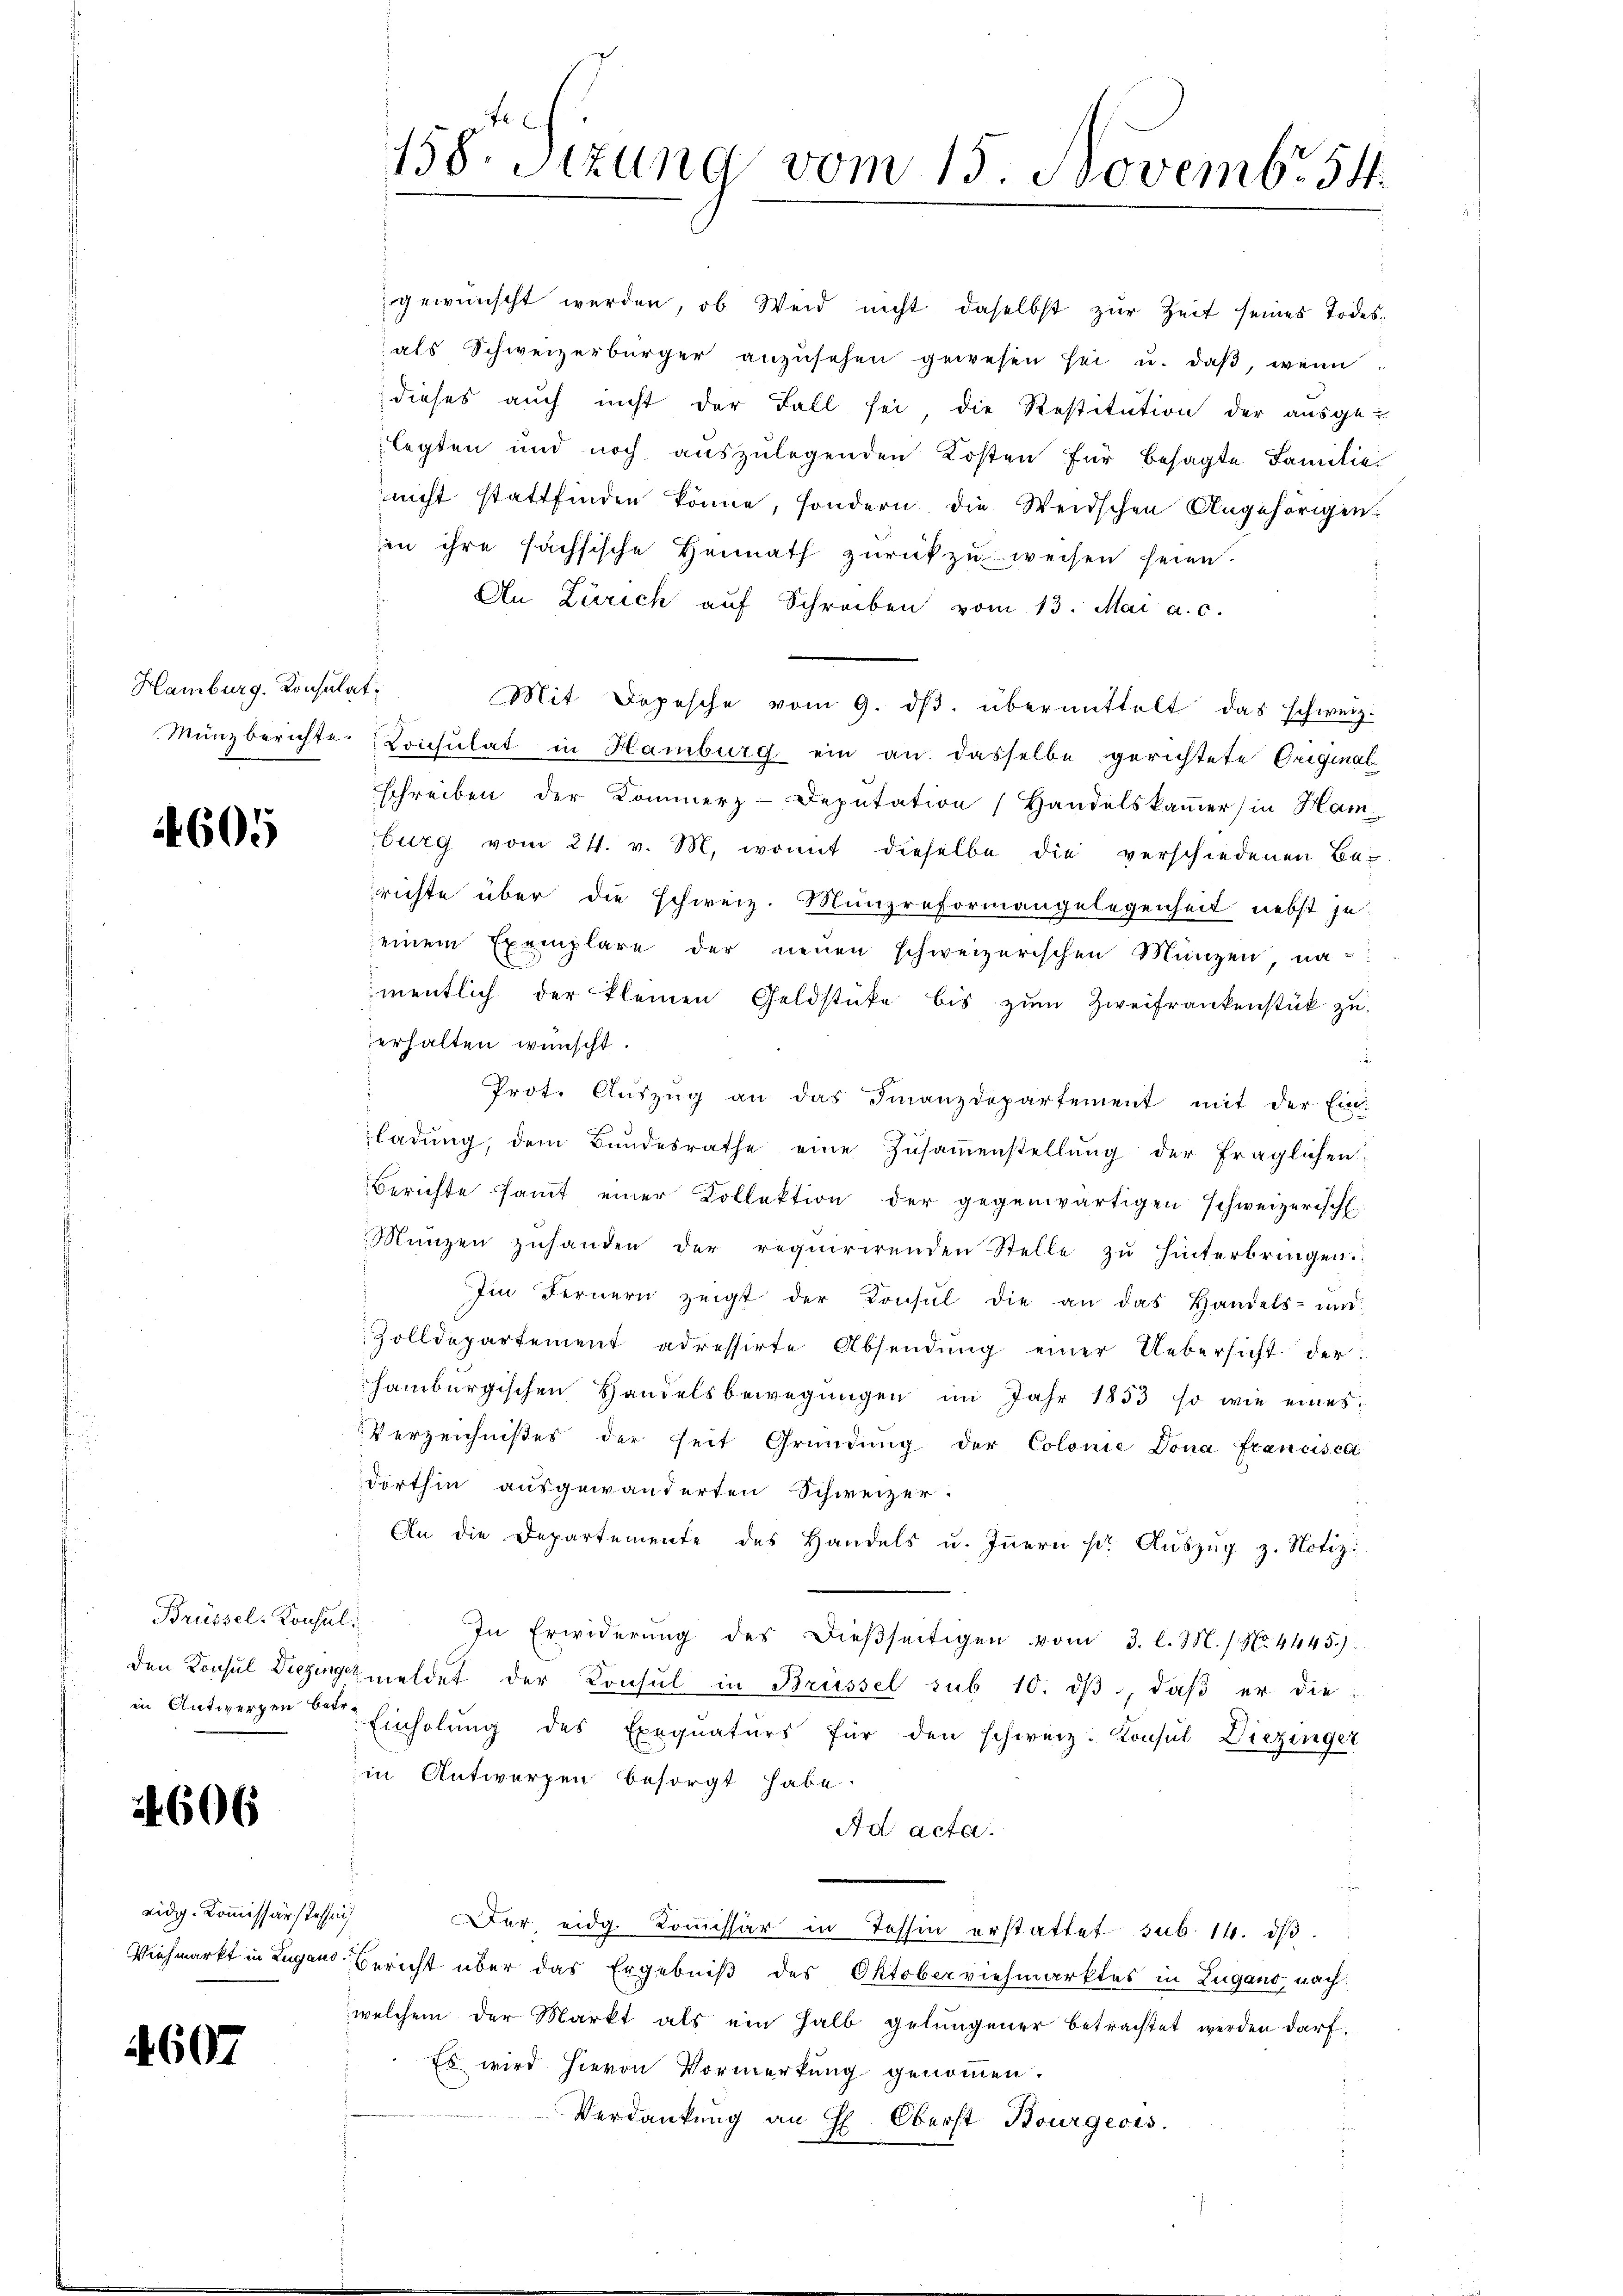
Hamburg. Konsulat

605

Brüssel-Konsul

24606

eidg. Kommissärsteh
Viehmarkt in Zugan

4607

158. Sizung vom 15. Novembr 54

gewünscht werden, ob Weid nicht daselbst zŭr Zeit seines Todesals Schweizerbürger anzusehen gewesen sei u. daß, wenn
dieses auch nicht der Fall sei die Restitution der ausge-
legten und noch auszulegenden Kosten für besagte Familie,
nicht stattfinden könne, sondern, die Weidschen Angehörigen.
an ihre sachsische Heimath zŭrückzŭweisen seien.
An Zürich aŭf Schreiben vom 13. Mai a. c.
Mit Depesche vom 9. dβ. übermittelt das schweiz.
Münzberichte Konsulat in Hamburg ein an dasselbe gerichtete Original
schreiben der Kommerz-Deputation Handelskaṁer) in Ham
burg vom 24. v. M. womit dieselbe die verschiedenen Be-
richte über die schweiz. Münzreformangelegenheit nebst jeeinem Exemplare der neuen schweizerischen Münzen, na
mentlich der kleinen Geldstücke bis zum Zweifrankenstück zu
erhalten wünscht.
Prot. Aŭszŭg an das Finanzdepartement mit der Ein-
ladŭng, dem Bundesrathe eine Zŭsaṁenstellung der fraglichen,
Berichte samt einer Kollektion der gegenwärtigen schweizerisch.
Münzen zuhanden der requirirenden Stelle zu hinterbringen.
Im Fernern zeigt der Konsul die an das Handels- und
Zolldepartement adressirte Absendŭng einer Uebersicht der
hamburgischen Handelsbewegungen im Jahr 1853 so wie eines
Verzeichnißes der seit Gründŭng der Colonie Dona francisca
dorthin ausgewänderten Schweizer-
An die Departemente des Handels u. Innern pr Aŭszŭg z. Notiz
In Erwiderŭng des dieβseitigen vom 3. l. M. / No. 4445.)
den Konsul Diezingemeldet der Konsul in Brüssel sub 10. dβ, daβ er die
in Antwerpen der Einholung des Exequaturs für den schweiz. Konsul Diezinger
in Antworfen besorgt habe.
Ad acta.
.
Der eidg. Koṁissär in Tessin erstattet sub. 14. dβ.
u. Bericht über das Ergebniß des Oktoberviehmarktes in Zugano, nach
welchem der Markt als ein halb gelungener betrachtet werden darf.
Es wird hievon Vormerkung genommen.
Verdankŭng an H. Oberst Bourgeois.